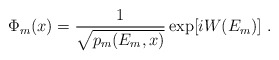
\begin{align*}\Phi_m (x) = {1\over \sqrt{p_m(E_m,x)}}\exp [i W (E_m)] \ .\end{align*}